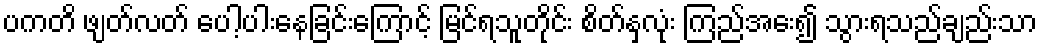
ပကတိ ဖျတ်လတ် ပေါ့ပါးနေခြင်းကြောင့် မြင်ရသူတိုင်း စိတ်နှလုံး ကြည်အေး၍ သွားရသည်ချည်းသာ